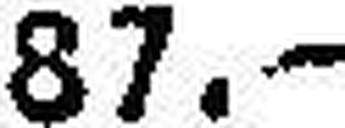
87.—